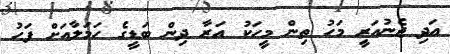
އަދި ޖެނުއަރީ މަހު ތިން މީހަކު އަރާ ދިން ބަޑީގެ ހަމަލާއަށް ފަހު